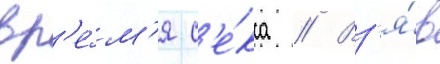
вр'е́м'я с'е́кса // Вз'я́в